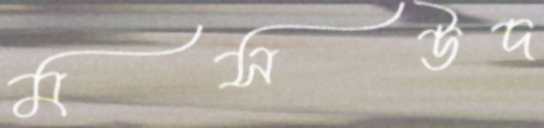
মসউদ